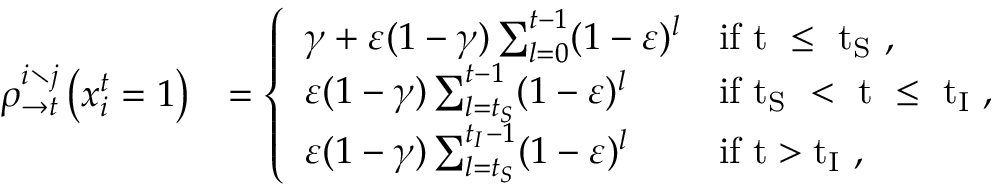
\begin{array} { r l } { \rho _ { \rightarrow t } ^ { i \setminus j } \left( x _ { i } ^ { t } = 1 \right) } & { = \left\{ \begin{array} { l l } { \gamma + \varepsilon ( 1 - \gamma ) \sum _ { l = 0 } ^ { t - 1 } ( 1 - \varepsilon ) ^ { l } } & { \mathrm { i f ~ t ~ \leq ~ t _ S ~ } , } \\ { \varepsilon ( 1 - \gamma ) \sum _ { l = t _ { S } } ^ { t - 1 } ( 1 - \varepsilon ) ^ { l } } & { \mathrm { i f ~ t _ S ~ < ~ t ~ \leq ~ t _ I ~ } , } \\ { \varepsilon ( 1 - \gamma ) \sum _ { l = t _ { S } } ^ { t _ { I } - 1 } ( 1 - \varepsilon ) ^ { l } } & { \mathrm { i f ~ t > t _ I ~ } , } \end{array} \right. } \end{array}